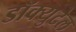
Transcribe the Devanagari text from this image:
डॉक्युटेल